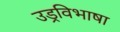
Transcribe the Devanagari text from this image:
उड्रविभाषा